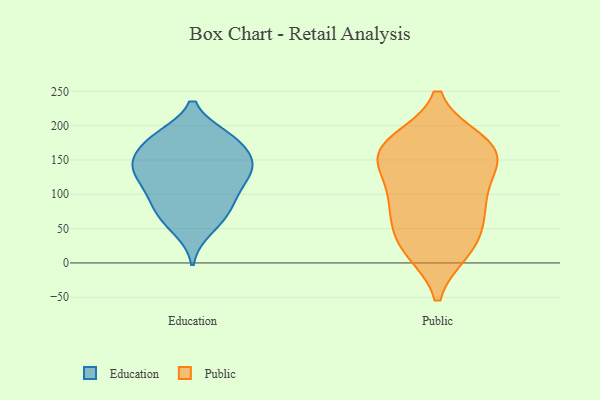
{"axis": {"x": "Population (Million)", "y": "Value"}, "legend": ["Education", "Public"], "data": [{"x": "", "y": 62, "type": "Education"}, {"x": "", "y": 134, "type": "Education"}, {"x": "", "y": 184, "type": "Education"}, {"x": "", "y": 97, "type": "Education"}, {"x": "", "y": 140, "type": "Education"}, {"x": "", "y": 183, "type": "Education"}, {"x": "", "y": 155, "type": "Education"}, {"x": "", "y": 146, "type": "Education"}, {"x": "", "y": 73, "type": "Education"}, {"x": "", "y": 113, "type": "Education"}, {"x": "", "y": 135, "type": "Education"}, {"x": "", "y": 182, "type": "Education"}, {"x": "", "y": 180, "type": "Education"}, {"x": "", "y": 154, "type": "Education"}, {"x": "", "y": 48, "type": "Education"}, {"x": "", "y": 99, "type": "Education"}, {"x": "", "y": 127, "type": "Education"}, {"x": "", "y": 80, "type": "Education"}, {"x": "", "y": 172, "type": "Public"}, {"x": "", "y": 154, "type": "Public"}, {"x": "", "y": 170, "type": "Public"}, {"x": "", "y": 155, "type": "Public"}, {"x": "", "y": 78, "type": "Public"}, {"x": "", "y": 28, "type": "Public"}, {"x": "", "y": 156, "type": "Public"}, {"x": "", "y": 123, "type": "Public"}, {"x": "", "y": 19, "type": "Public"}, {"x": "", "y": 61, "type": "Public"}, {"x": "", "y": 83, "type": "Public"}, {"x": "", "y": 21, "type": "Public"}, {"x": "", "y": 101, "type": "Public"}, {"x": "", "y": 176, "type": "Public"}]}